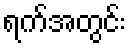
ရက်အတွင်း